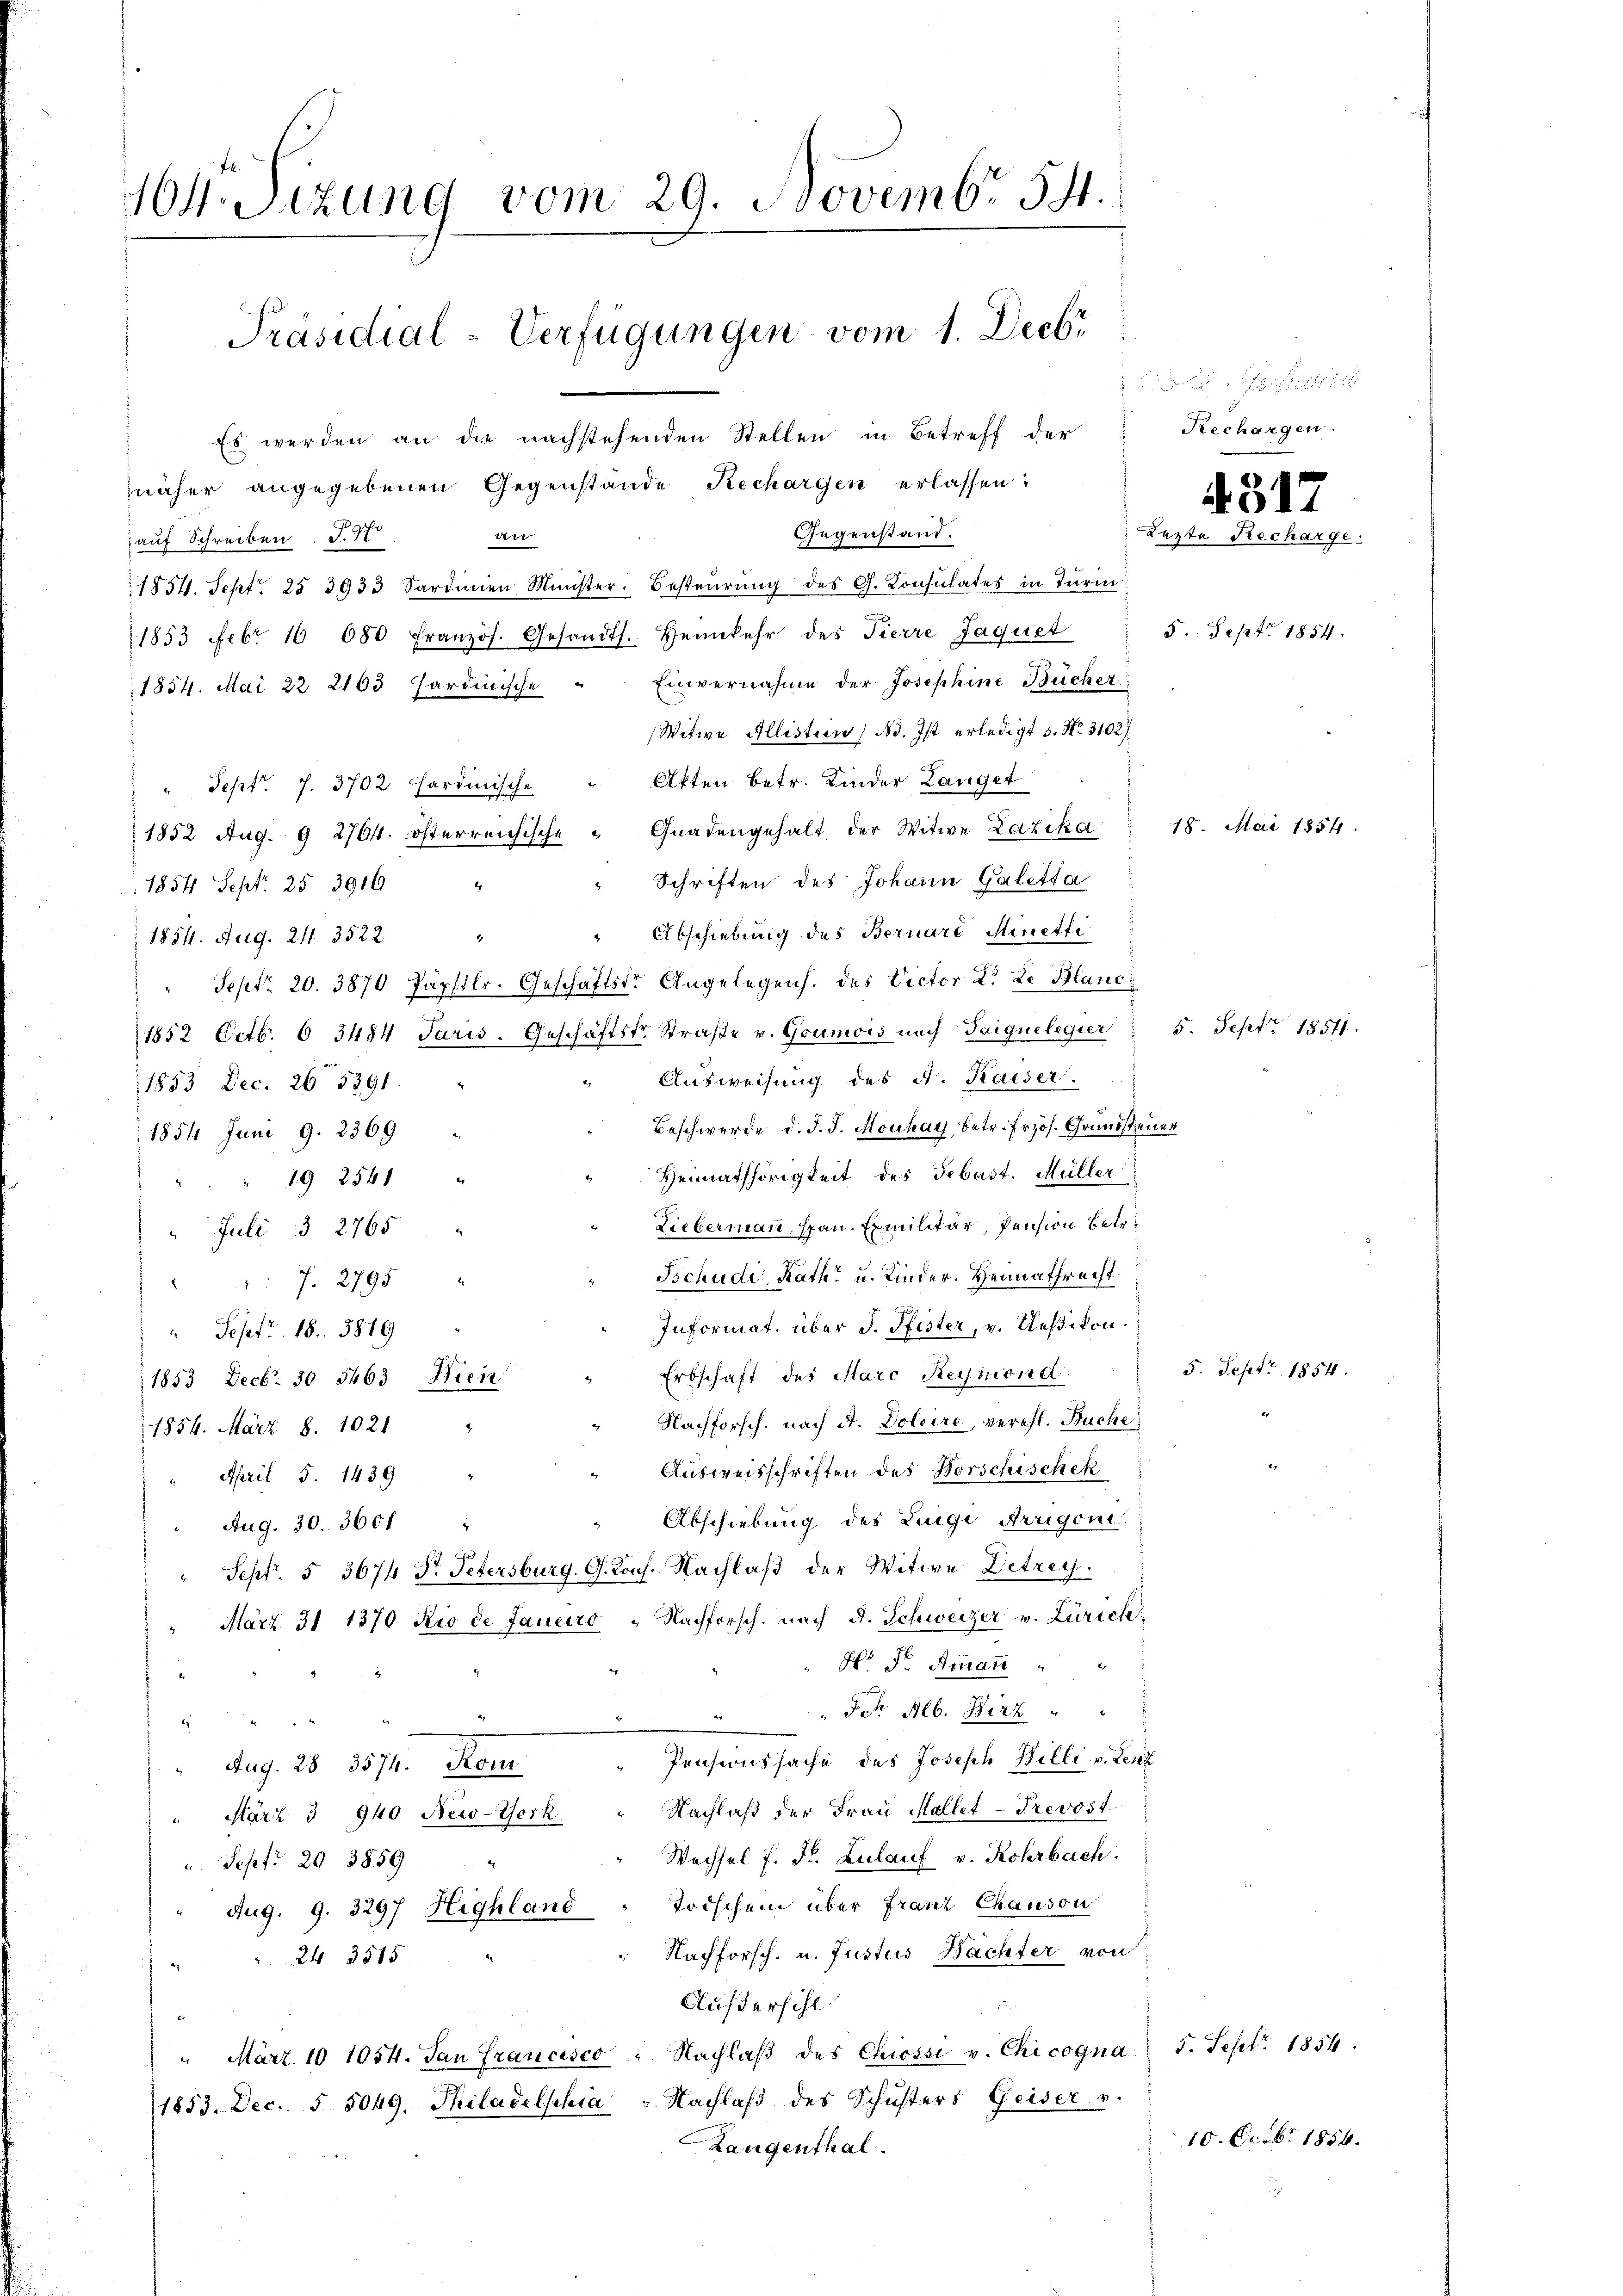
104. Sizung vom 29. Novembr 54.
Präsidial-Verfügungen vom 1. Decbr
Es werden an die nachstehenden Stellen in Betreff der
näher angegebenen Gegenstände Rechargen erlassen:

Gegenstand.
Witt
auf Schreiben S. 70
1854. Sept. 25 3933 Sardinien Minister. Besteŭerŭng des G. Consulates in Turi
1853 Febr. 10 080 Französ. Gesandts. Heimkehr des Tierre Jaquet
1854. Mai 22 2163 Sardinische " Einvernahme der Josephine Bücher
Witwe Allisten (Bd. Ist erledigt 5. No. 3102
Akten betr. Kinder Langet
Sept. 7. 3702 hardinische
1852 Aug. 9 2764. österreichische " Gnadengehalt der Witwe Lazika 18. Mai 1854.
" Schriften des Johann Galetta
1854 Sept. 25 3916 "
Abschiebung des Bernaro Minetti
t
1854. Aug. 24. 3522.
" Sept. 20. 3870 Papstlr. Geschäftste Angelegen. des Victor L. Le Blanc
1852 Octbr. 6 3484 Jaris. Geschäftstr. Straβe v. Goumois nach Taique legier " 5. Sept. 18571.
Ausweisung des N. Kaiser.
1853 Dec. 26. 5391. "
Beschwerde d. J. J. Mouhay, betr. Frzös. Grundsteuer
1854 Juni. 9. 2369
Heimathörigkeit des Sebast. Müller
19 2541
Liebermann, span. Emilitär, Pension betr.
Juli 3 2765
Tschudi Rath u. Kinder. Heimathrecht.
 7. 2795
Informat, über J. Pfister, v. Meßikon.
 Sept. 18. 3819
Erbschaft des Marc Reymond
1853 Decbr. 50. 5463 Dien
Nachforsch, nach A. Doleire, verehl. Buche
1856. März 8. 1021 "
Ausweisschriften des Horschischek
 April 5. 1439
Abschiebung des Luigi Arrigone
Aug. 30. 3601
" Sept. § 3674 Dr. Petersburg, G. Kons. Nachlaß der Witwe Detrey
März 31 1370 Rio de Janeiro „Nachforsch. nach A. Schweizer v. Zürich,
 Hr Dr. Amman
 Jch Alb. Wirz " "
e
l
2
Pensionssache des Joseph Billi v. Lenz
Aug. 28. 3574. Kom
März 3 940 New-York - Nachlaß der Frau Mallet-Prevost
Wechsel f. Fr. Zulauf v. Rohrbach.
 Sept: 20 3859
Aug. 9. 3297 Highland - Todschein über Franz Chauson
Nachforsch. u. Justus Bachter von
24 3515
Außersihl
 März 10 1054. San Francisco " Nachlaβ des Chiossi v. Chicogna 5. Sept. 1854.
1853. Dec. § 5049. Philadelphia - Nachlaβ des Schusters Geiser v.
Langenthal.

ie wird
Rechargen.

4517
Luzte Recharge.

5. Sept. 1854.

5. Sept. 1854.

10. Feb. 1854.